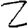
Digit: 2